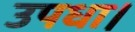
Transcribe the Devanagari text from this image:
उपधा।